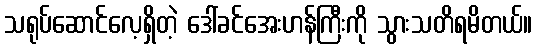
သရုပ်ဆောင်လေ့ရှိတဲ့ ဒေါ်ခင်အေးဟန်ကြီးကို သွားသတိရမိတယ်။